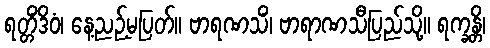
ရတ္တိံဒိဝံ၊ နေ့ညဉ့်မပြတ်။ ဗာရဏသိံ၊ ဗာရာဏသီပြည်သို့။ ရက္ခန္တိ၊